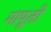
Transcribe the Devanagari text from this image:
मापूतो